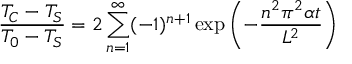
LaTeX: { \frac { T _ { C } - T _ { S } } { T _ { 0 } - T _ { S } } } = 2 \sum _ { n = 1 } ^ { \infty } ( - 1 ) ^ { n + 1 } \exp \left( { - { \frac { n ^ { 2 } \pi ^ { 2 } \alpha t } { L ^ { 2 } } } } \right)